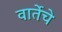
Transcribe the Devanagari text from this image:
वार्तेचे